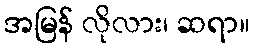
အမြန် လိုလား၊ ဆရာ။